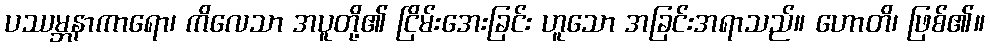
ပဿမ္ဘနာကာရော၊ ကိလေသာ အပူတို့၏ ငြိမ်းအေးခြင်း ဟူသော အခြင်းအရာသည်။ ဟောတိ၊ ဖြစ်၏။